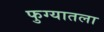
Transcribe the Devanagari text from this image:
फुग्यातला